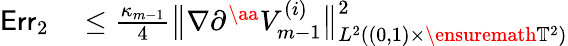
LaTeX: \begin{array}{rl}{\mathsf{Err}_{2}}&{{}\leq\frac{\kappa_{m-1}}{4}\bigl\| \nabla\partial^{\aa}V_{m-1}^{(i)}\bigr\| _{L^{2}((0,1)\times\ensuremath{\mathbb{T}}^{2})}^{2}}\end{array}